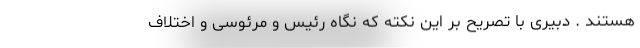
هستند . دبیری با تصریح بر این نکته که نگاه رئيس و مرئوسی و اختلاف